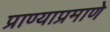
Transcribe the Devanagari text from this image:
प्राण्याप्रमाणे